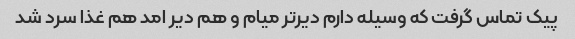
پیک تماس گرفت که وسیله دارم دیرتر میام و هم دیر امد هم غذا سرد شد